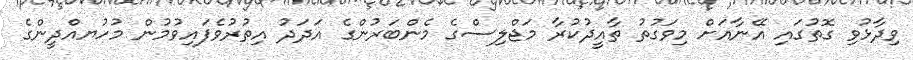
ވިދާޅުވި ގޮތުގައި އޭނާއަށް މިވަގުތު ތާއީދުކުރާ މަޖްލިސްގެ މެންބަރުންގެ އަދަދު އިތުރުވެފައިވުމުން މުހުޔއްދީންގެ